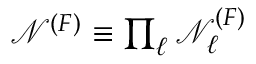
\begin{array} { r } { \mathcal { N } ^ { ( F ) } \equiv \prod _ { \ell } \mathcal { N } _ { \ell } ^ { ( F ) } } \end{array}